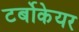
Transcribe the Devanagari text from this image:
टर्बोकेयर